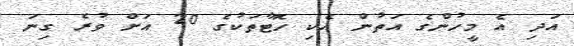
އަދި އެ މީހުންގެ އަތުން އެކި ހޮޓާތަކުގެ 20 އަށް ވުރެ ގިނަ